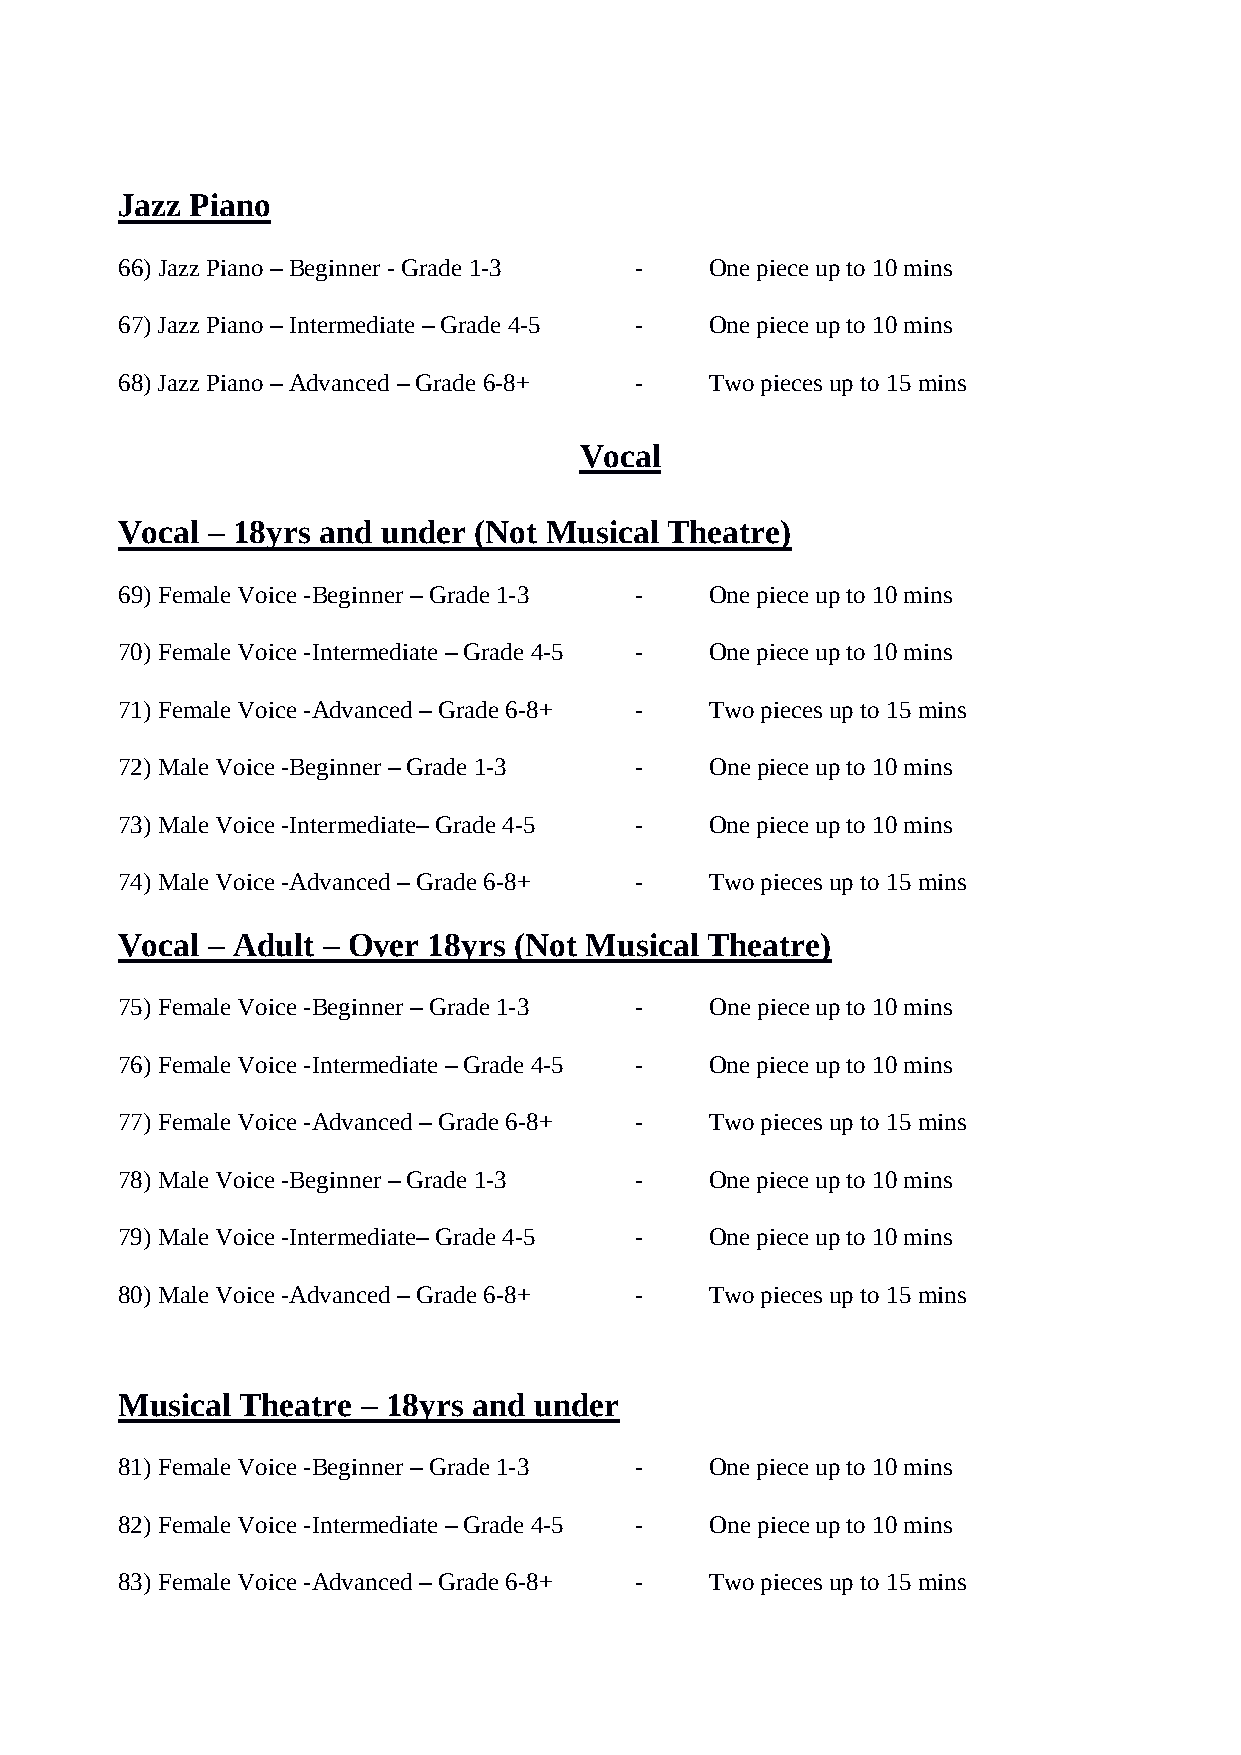
Jazz Piano
 66) Jazz Piano – Beginner - Grade 1-3 - One piece up to 10 mins
 67) Jazz Piano – Intermediate – Grade 4-5 - One piece up to 10 mins
 68) Jazz Piano – Advanced – Grade 6-8+ - Two pieces up to 15 mins
 Vocal
 Vocal – 18yrs and under (Not Musical Theatre)
 69) Female Voice -Beginner – Grade 1-3 - One piece up to 10 mins
 70) Female Voice -Intermediate – Grade 4-5 - One piece up to 10 mins
 71) Female Voice -Advanced – Grade 6-8+ - Two pieces up to 15 mins
 72) Male Voice -Beginner – Grade 1-3 - One piece up to 10 mins
 73) Male Voice -Intermediate– Grade 4-5 - One piece up to 10 mins
 74) Male Voice -Advanced – Grade 6-8+ - Two pieces up to 15 mins
 Vocal – Adult – Over 18yrs (Not Musical Theatre)
 75) Female Voice -Beginner – Grade 1-3 - One piece up to 10 mins
 76) Female Voice -Intermediate – Grade 4-5 - One piece up to 10 mins
 77) Female Voice -Advanced – Grade 6-8+ - Two pieces up to 15 mins
 78) Male Voice -Beginner – Grade 1-3 - One piece up to 10 mins
 79) Male Voice -Intermediate– Grade 4-5 - One piece up to 10 mins
 80) Male Voice -Advanced – Grade 6-8+ - Two pieces up to 15 mins
 Musical Theatre – 18yrs and under
 81) Female Voice -Beginner – Grade 1-3 - One piece up to 10 mins
 82) Female Voice -Intermediate – Grade 4-5 - One piece up to 10 mins
 83) Female Voice -Advanced – Grade 6-8+ - Two pieces up to 15 mins